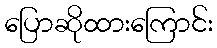
ပြောဆိုထားကြောင်း